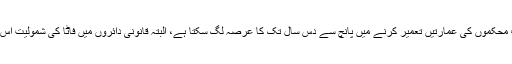
مبصرین کے مطابق مختلف محکموں کی عمارتیں تعمیر کرنے میں پانچ سے دس سال تک کا عرصہ لگ سکتا ہے، البتہ قانونی دائروں میں فاٹا کی شمولیت اس حوالے سے یہ پہلا قدم ہے۔